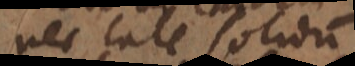
nec tale solidum